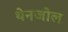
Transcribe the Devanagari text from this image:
थेनजोल